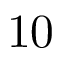
1 0